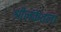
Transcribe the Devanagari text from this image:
श्रीलंकेतला